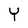
Character: Y